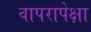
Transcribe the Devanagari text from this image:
वापरापेक्षा